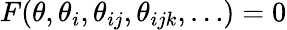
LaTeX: F(\theta,\theta_{i},\theta_{ij},\theta_{ijk},\dots)=0